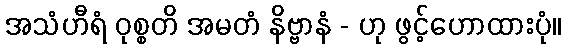
အသံဟီရံ ဝုစ္စတိ အမတံ နိဗ္ဗာနံ - ဟု ဖွင့်ဟောထားပုံ။